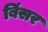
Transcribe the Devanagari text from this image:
बिंसर